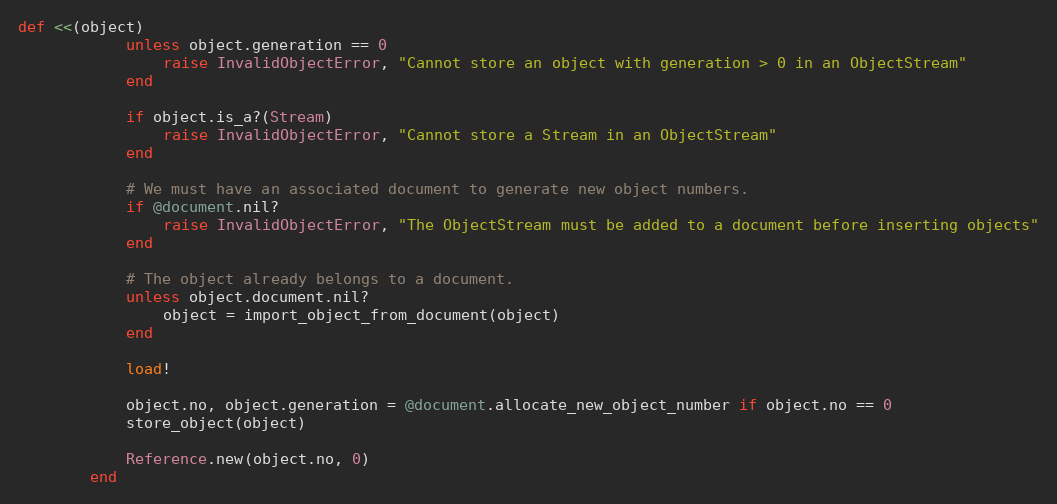
Language: Ruby
def <<(object)
            unless object.generation == 0
                raise InvalidObjectError, "Cannot store an object with generation > 0 in an ObjectStream"
            end

            if object.is_a?(Stream)
                raise InvalidObjectError, "Cannot store a Stream in an ObjectStream"
            end

            # We must have an associated document to generate new object numbers.
            if @document.nil?
                raise InvalidObjectError, "The ObjectStream must be added to a document before inserting objects"
            end

            # The object already belongs to a document.
            unless object.document.nil?
                object = import_object_from_document(object)
            end

            load!

            object.no, object.generation = @document.allocate_new_object_number if object.no == 0
            store_object(object)

            Reference.new(object.no, 0)
        end